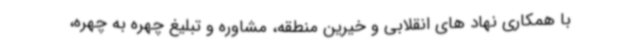
با همکاری نهاد های انقلابی و خیرین منطقه، مشاوره و تبلیغ چهره به چهره،